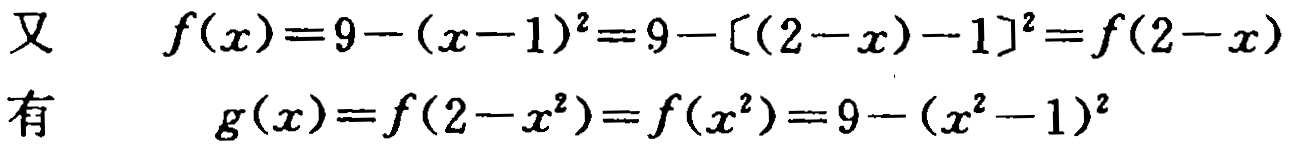
\[
\begin{align*}
\text{又}\quad f(x)&=9-(x - 1)^2=9-[(2 - x)-1]^2=f(2 - x)\\
\text{有}\quad g(x)&=f(2 - x^2)=f(x^2)=9-(x^2 - 1)^2
\end{align*}
\]